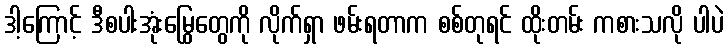
ဒါ့ကြောင့် ဒီစပါးအုံးမြွေတွေကို လိုက်ရှာ ဖမ်းရတာက စစ်တုရင် ထိုးတမ်း ကစားသလို ပါပဲ